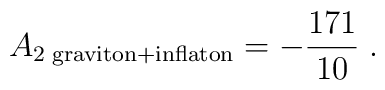
A_{2 \; {\rm graviton} + {\rm inflaton}}=-{171\over 10} \; .